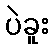
ပဲခူး